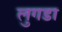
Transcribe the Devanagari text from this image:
लुगडा